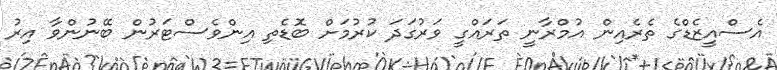
އެސްއީޒެޑްގެ ތެރެއިން އުމްރާނީ ތަރައްގީ ވަރުގަދަ ކުރުމަށް ބޮޑެތި އިންވެސްޓަރުން ބޭނުންވާ އިރު